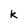
Character: k